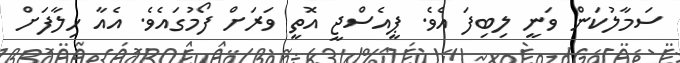
ސަމާލުކަން ވަނީ ލިބިފަ އެވެ. ޕީއެސްޖީ އޮތީ ވަރަށް ފޯމުގައެވެ. އެއާ ހިލާފަށް